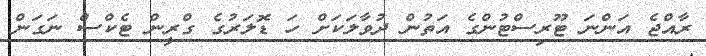
ރާއްޖެ އަންނަ ޓޫރިސްޓުންގެ އަތުން ދުވާލަކަށް ހަ ޑޮލަރުގެ ގްރީން ޓެކްސް ނަގަން